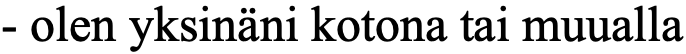
- olen yksinäni kotona tai muualla